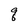
Character: q